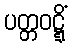
ပတ္တဝဋ္ဋိံ